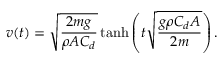
v ( t ) = { \sqrt { \frac { 2 m g } { \rho A C _ { d } } } } \operatorname { t a n h } \left( t { \sqrt { \frac { g \rho C _ { d } A } { 2 m } } } \right) .